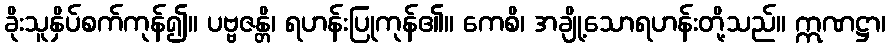
ခိုးသူနှိပ်စက်ကုန်၍။ ပဗ္ဗဇန္တိ၊ ရဟန်းပြုကုန်၏။ ကေစိ၊ အချို့သောရဟန်းတို့သည်။ ဣဏဋ္ဌာ၊